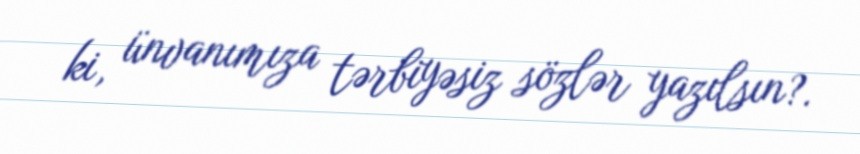
ki, ünvanımıza tərbiyəsiz sözlər yazılsın?.